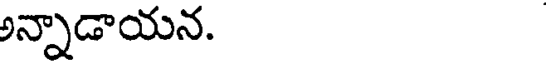
అన్నాడాయన.